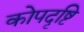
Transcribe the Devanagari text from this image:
कोपदृष्टि